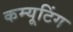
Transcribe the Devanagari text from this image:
कम्यूटिंग